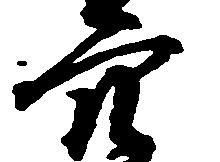
穴